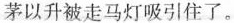
茅以升被走马灯吸引住了。